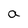
Character: a